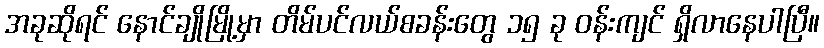
အခုဆိုရင် နောင်ချိုမြို့မှာ တိမ်ပင်လယ်စခန်းတွေ ၁၅ ခု ဝန်းကျင် ရှိလာနေပါပြီ။